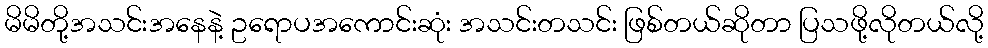
မိမိတို့အသင်းအနေနဲ့ ဥရောပအကောင်းဆုံး အသင်းတသင်း ဖြစ်တယ်ဆိုတာ ပြသဖို့လိုတယ်လို့